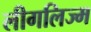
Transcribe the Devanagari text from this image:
लीगलिज्म